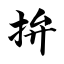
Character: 拚